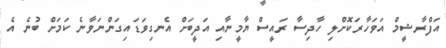
އަފްރާޝީމް އަވަހާރަކޮށްލި ހާދިސާ ރައީސް ޔާމީނާއި އަދީބަށް އެނގިވަޑައިގަންނަވާނެ ކަމަށް ބުނެ އެ